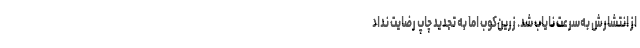
از انتشارش به‌سرعت نایاب شد. زرین‌کوب اما به تجدید چاپ رضایت نداد